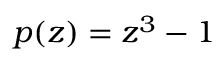
p ( z ) = z ^ { 3 } - 1